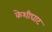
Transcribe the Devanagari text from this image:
केशीघाट